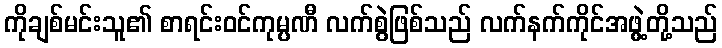
ကိုချစ်မင်းသူ၏ စာရင်းဝင်ကုမ္ပဏီ လက်စွဲဖြစ်သည် လက်နက်ကိုင်အဖွဲ့တို့သည်